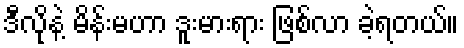
ဒီလိုနဲ့ မိန်းမဟာ ဒူးမားရား ဖြစ်လာ ခဲ့ရတယ်။